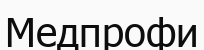
Медпрофи